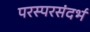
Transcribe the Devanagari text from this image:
परस्परसंदर्भ